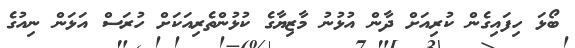
ބޯޅަ ހިފައިގެން ކުރިއަށް ދާން އުޅުނު މާޒިޔާގެ ކުޅުންތެރިއަކަށް ހުރަސް އަޅަން ނިއުގެ